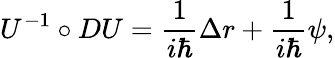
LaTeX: U^{-1}\circ DU=\frac 1{i\hbar}\Delta r+\frac 1{i\hbar}\psi,